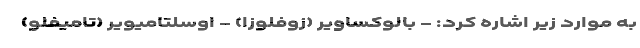
به موارد زیر اشاره کرد: - بالوکساویر (زوفلوزا) - اوسلتامیویر (تامیفلو)